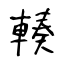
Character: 輳